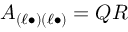
A _ { ( \ell \bullet ) ( \ell \bullet ) } = Q R